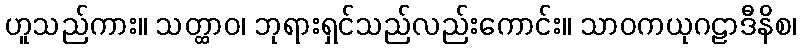
ဟူသည်ကား။ သတ္ထာဝ၊ ဘုရားရှင်သည်လည်းကောင်း။ သာဝကယုဂဠာဒီနိစ၊